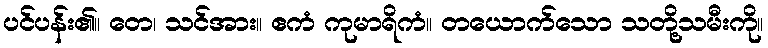
ပင်ပန်း၏။ တေ၊ သင်အား။ ဧကံ ကုမာရိကံ။ တယောက်သော သတို့သမီးကို။